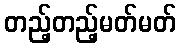
တည့်တည့်မတ်မတ်